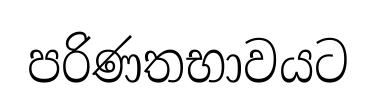
පරිණතභාවයට